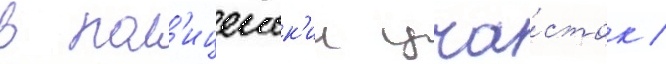
в пол'ицеиск'ии уча́сток /